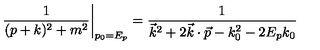
\left. { \frac { 1 } { ( p + k ) ^ { 2 } + m ^ { 2 } } } \right| _ { p _ { 0 } = E _ { p } } = { \frac { 1 } { \vec { k } ^ { 2 } + 2 \vec { k } \cdot \vec { p } - k _ { 0 } ^ { 2 } - 2 E _ { p } k _ { 0 } } }